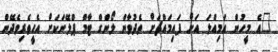
"އެ މީހުން އަމިއްލަ އަށް ފައިމައްޗަށް ތެދުވާން ލޯންގް ޓާމް ޕްލޭނަކަށް އެހީތެރިވެދޭން